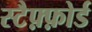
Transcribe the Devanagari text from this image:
स्टैफ़्फ़ोर्ड